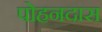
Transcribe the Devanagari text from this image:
पोहनदास